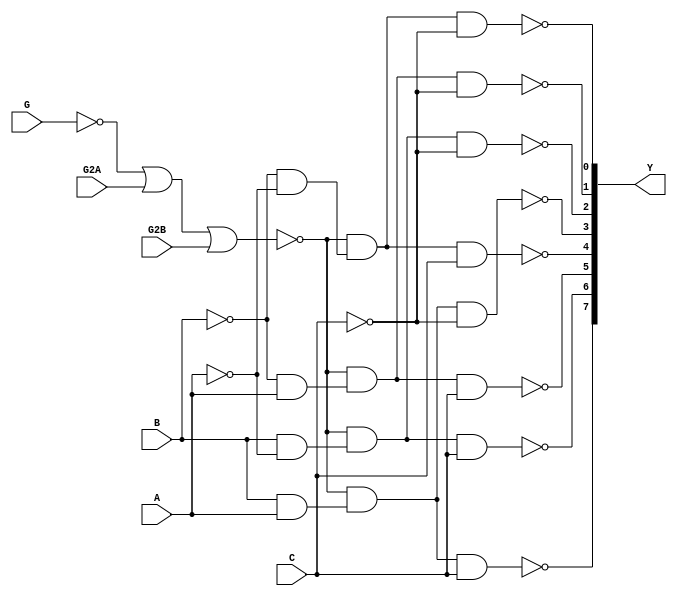
module decoder_3_8(C, B, A, G, G2A,G2B, Y);
input wire A, B, C, G, G2A, G2B;
output wire [7:0] Y;
not 	node_0_0(A_n, A),
	    node_0_1(B_n, B),
	    node_0_2(C_n, C),
	    node_0_3(G_n, G);                     
and	    node_1_0(D0, B_n, A_n),
	    node_1_1(D1, B_n, A  ),
	    node_1_2(D2, B,   A_n),
	    node_1_3(D3, B,   A  );             
nor	    node_1_4(EN, G_n, G2A, G2B);       
nand	node_2_0(Y[0], EN, D0, C_n),
	    node_2_1(Y[1], EN, D1, C_n),
	    node_2_2(Y[2], EN, D2, C_n),
	    node_2_3(Y[3], EN, D3, C_n),
	    node_2_4(Y[4], EN, D0, C  ),
	    node_2_5(Y[5], EN, D1, C  ),
	    node_2_6(Y[6], EN, D2, C  ),
	    node_2_7(Y[7], EN, D3, C  );      
endmodule